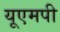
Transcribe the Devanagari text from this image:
यूएमपी